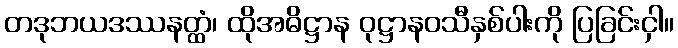
တဒုဘယဒဿနတ္ထံ၊ ထိုအဓိဋ္ဌာန ဝုဋ္ဌာနဝသီနှစ်ပါးကို ပြခြင်းငှါ။